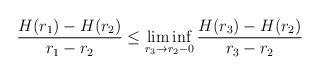
LaTeX: \begin{align*}\frac{H(r_1)-H(r_2)}{r_1-r_2} \leq\liminf\limits_{r_3 \to r_2-0}\frac{H(r_3)-H(r_2)}{r_3-r_2}\end{align*}